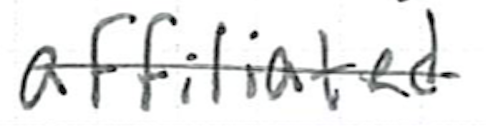
Text: affiliated
Cross-out: mix
Writing tool: ballpoint